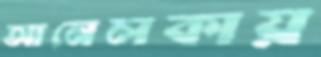
আনেলকায়